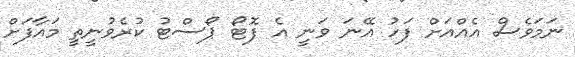
ނަމަވެސް އެއްއަށް ފަހު އޭނަ ވަނީ އެ ފޮޓޯ ޕޯސްޓު ކުރެވުނީތީ މައާފަށް